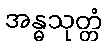
အန္ဓသုတ္တံ